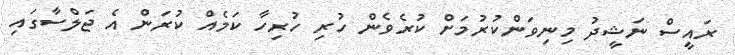
ރައީސް ނަޝީދު މިނިވަންކުރުމަށް ކުރެވެން ހުރި ހުރިހާ ކަމެއް ކުރަން އެ ޖަލްސާގައި